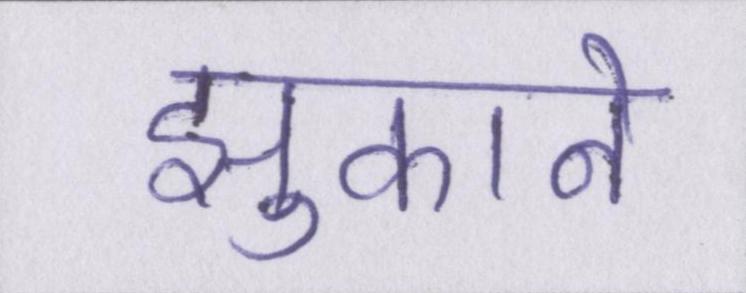
झुकाने